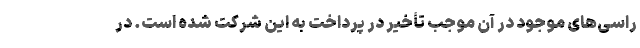
راسی‌های موجود در آن موجب تأخیر در پرداخت به این شرکت شده است. در